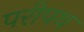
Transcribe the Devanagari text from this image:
परीपथ